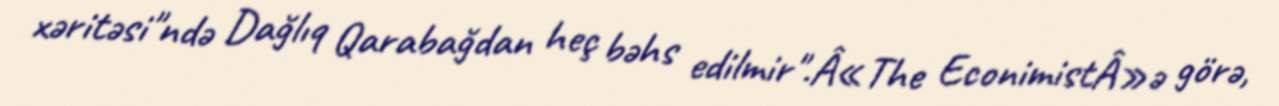
xəritəsi"ndə Dağlıq Qarabağdan heç bəhs edilmir".Â«The EconimistÂ»ə görə,